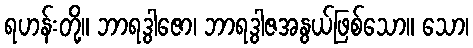
ရဟန်းတို့။ ဘာရဒွါဇော၊ ဘာရဒွါဇအနွယ်ဖြစ်သော။ သော၊